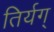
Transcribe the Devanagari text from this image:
तिर्यग्